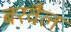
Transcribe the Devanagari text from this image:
बरवैल